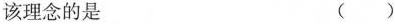
该理念的是 ( )